255_t_763_r1b_transcripts
Agency: NASA
Incident date: 12/5/65
Incident location: Low Earth Orbit
Page 1
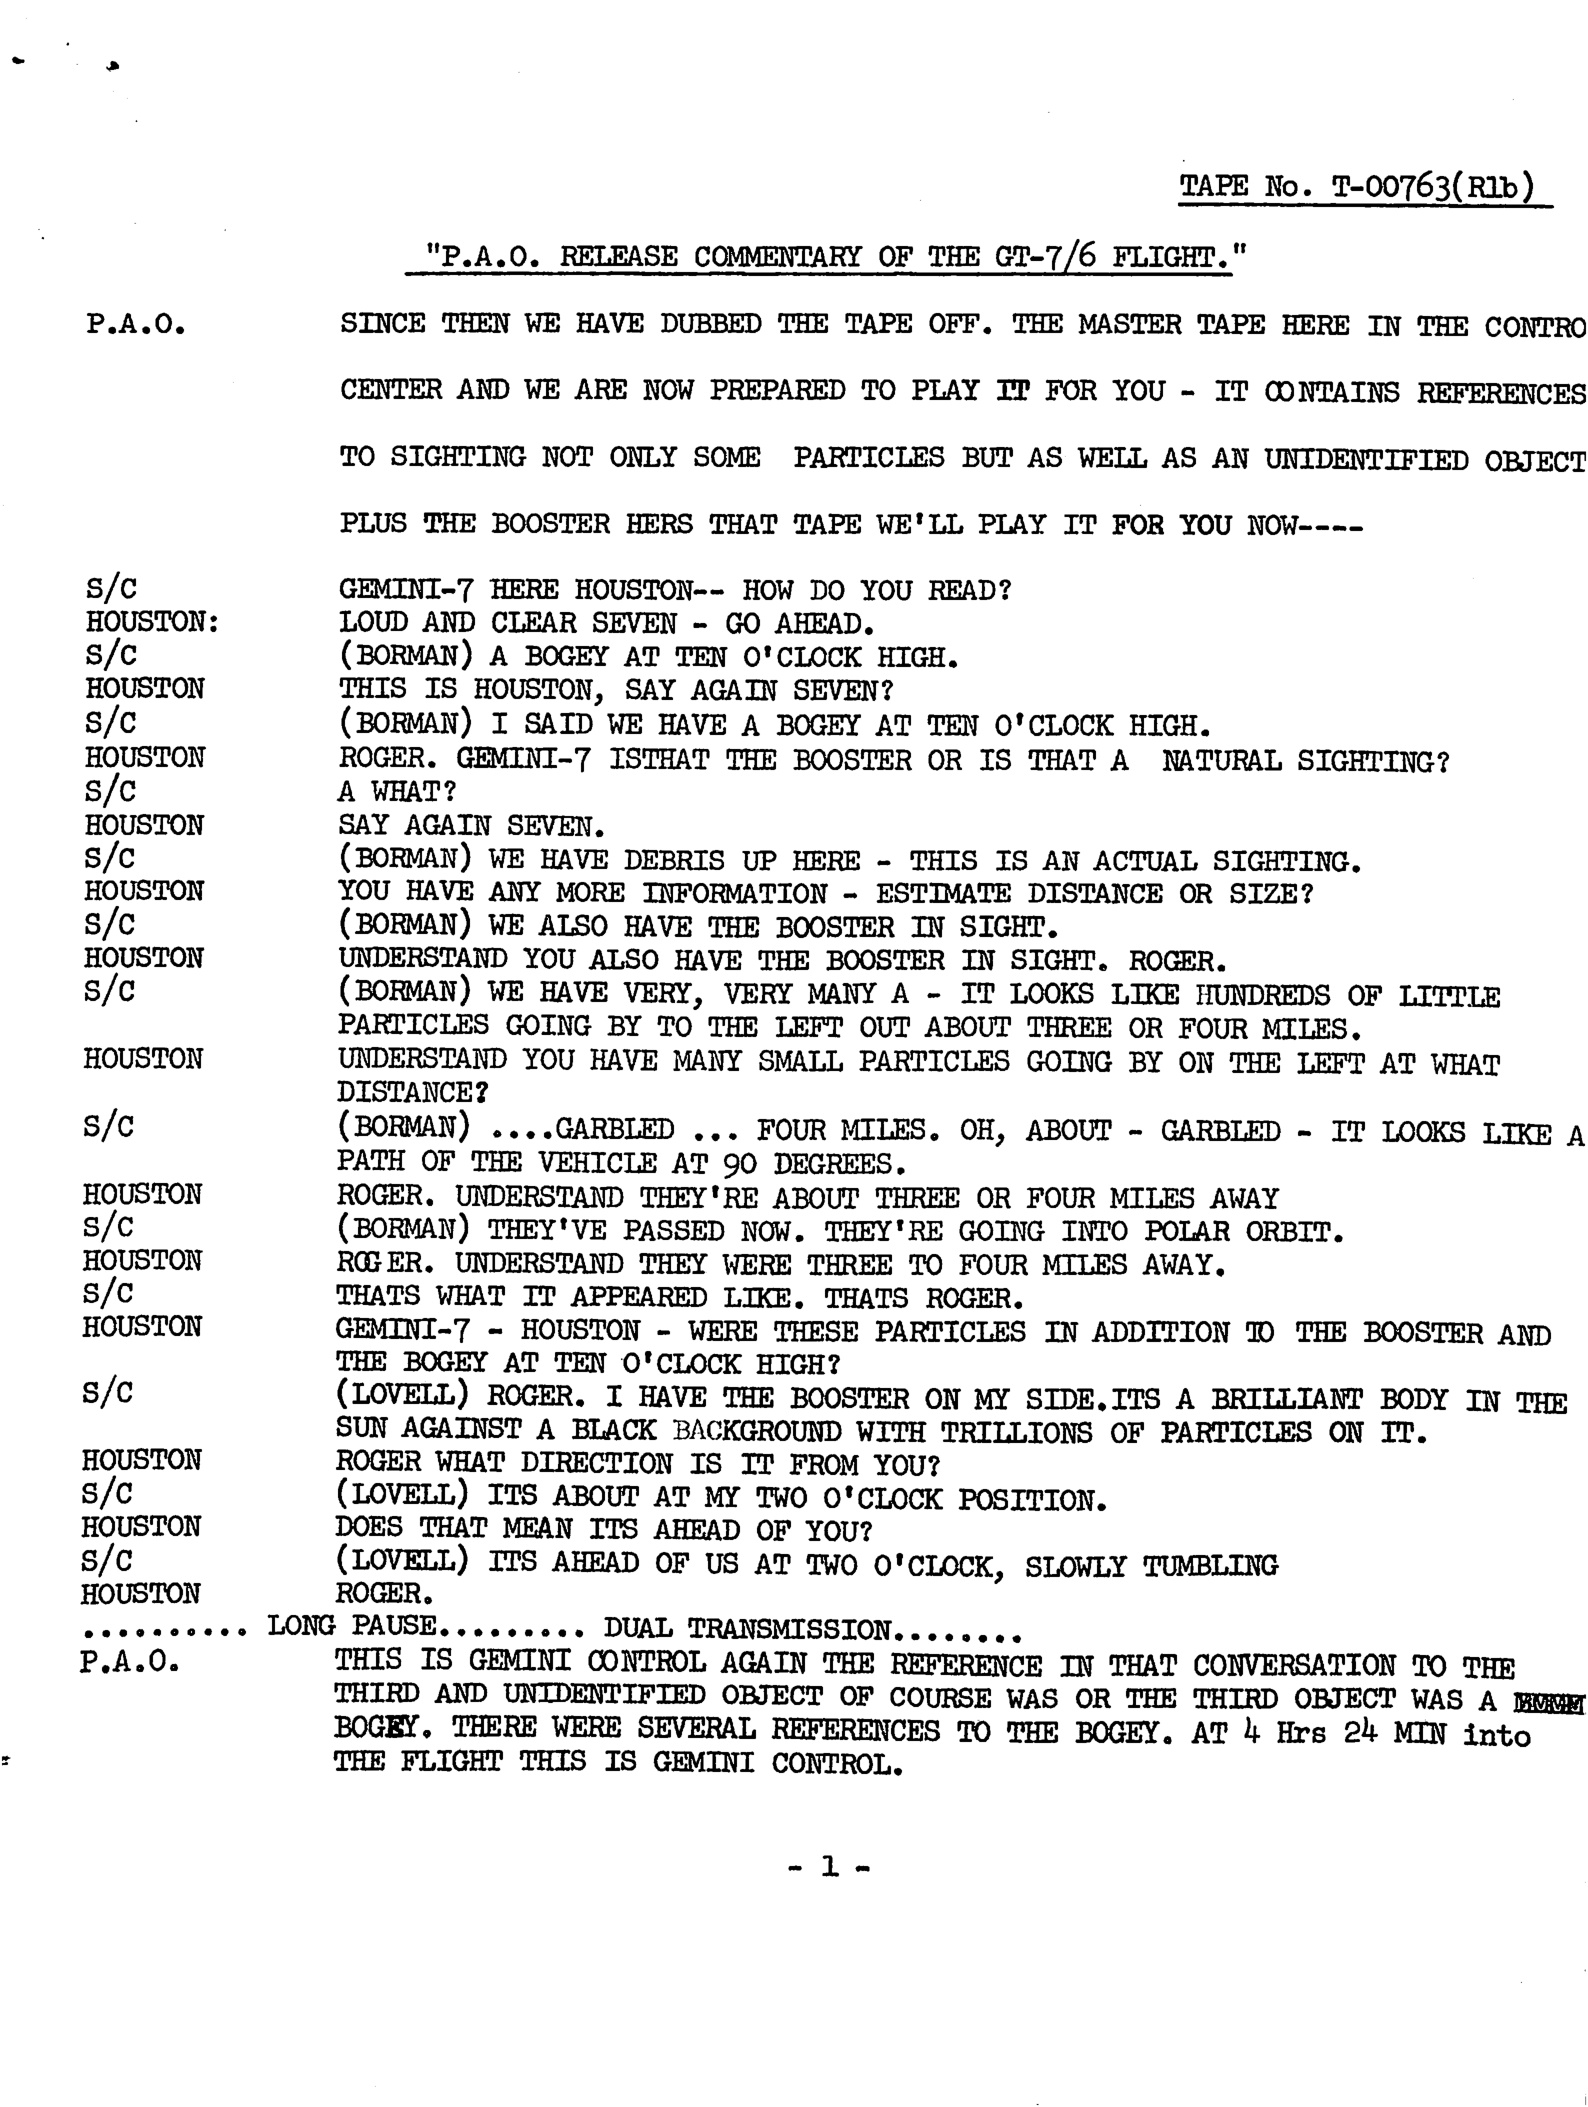